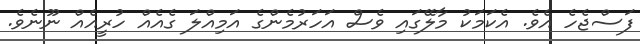
ފަސްޖެހެ އެވެ. އެކަމަކު މާލޭގައި ވެސް އަހަރުމެންގެ އަމިއްލަ ގެއެއް ހުރީއެއް ނޫނެވެ.